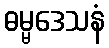
ဓမ္မဒေသနံ